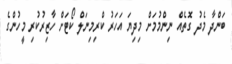
ބަންދާ މެދު ގޮތެއް ނިންމުމަށް މިދިޔަ އަހަރު ކްރިމިނަލް ކޯޓަށް ހާޒިރުކުރި މީހުންގެ